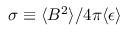
\sigma \equiv \langle B ^ { 2 } \rangle / 4 \pi \langle \epsilon \rangle